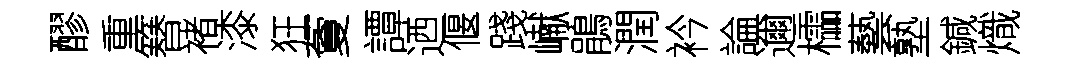
醪重簮褚漆狂藑譚迺偃踐𪩘鵑潤衿論邇櫺藝塾鍼熾